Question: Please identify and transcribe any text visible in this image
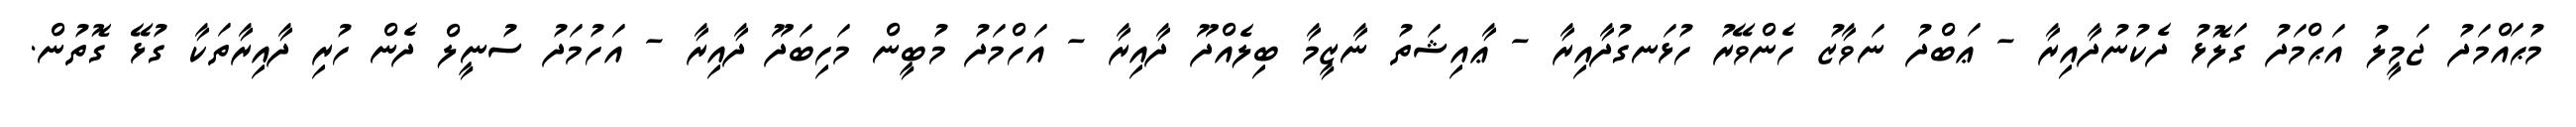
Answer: މުޙައްމަދު ޖަމީލު އަޙްމަދު ގަލޮޅު ދެކުނުދާއިރާ - ޢަބްދު ނަވާޒު ހެންވޭރު ހުޅަނގުދާއިރާ - ޢާއިޝަތު ނާޒީމާ ބިލެއްދޫ ދާއިރާ - އަހްމަދު މުބީން މަހިބަދޫ ދާއިރާ - އަހުމަދު ސުނީލް ދެން ހުރި ދާއިރާތަކާ ގުޅޭ ގޮތުން.